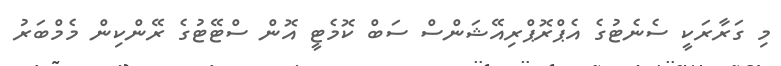
މި ގަރާރަކީ ސެނެޓުގެ އެޕްރޮޕްރިއޭޝަންސް ސަބް ކޮމެޓީ އޮން ސްޓޭޓުގެ ރޭންކިން މެމްބަރު